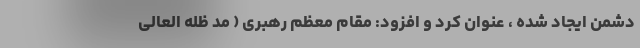
دشمن ایجاد شده ، عنوان کرد و افزود: مقام معظم رهبری ( مد ظله العالی